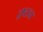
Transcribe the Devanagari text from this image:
द्रष्‍टव्य